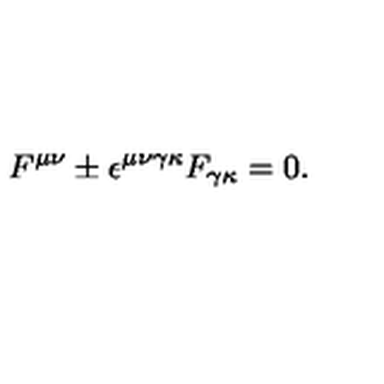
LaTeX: F ^ { \mu \nu } \pm \epsilon ^ { \mu \nu \gamma \kappa } F _ { \gamma \kappa } = 0 .